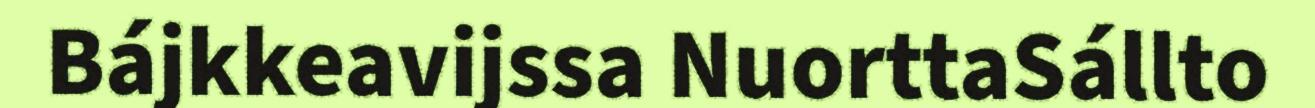
Bájkkeavijssa NuorttaSállto